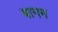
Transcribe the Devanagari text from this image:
बानन